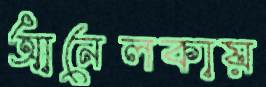
আনেলকায়